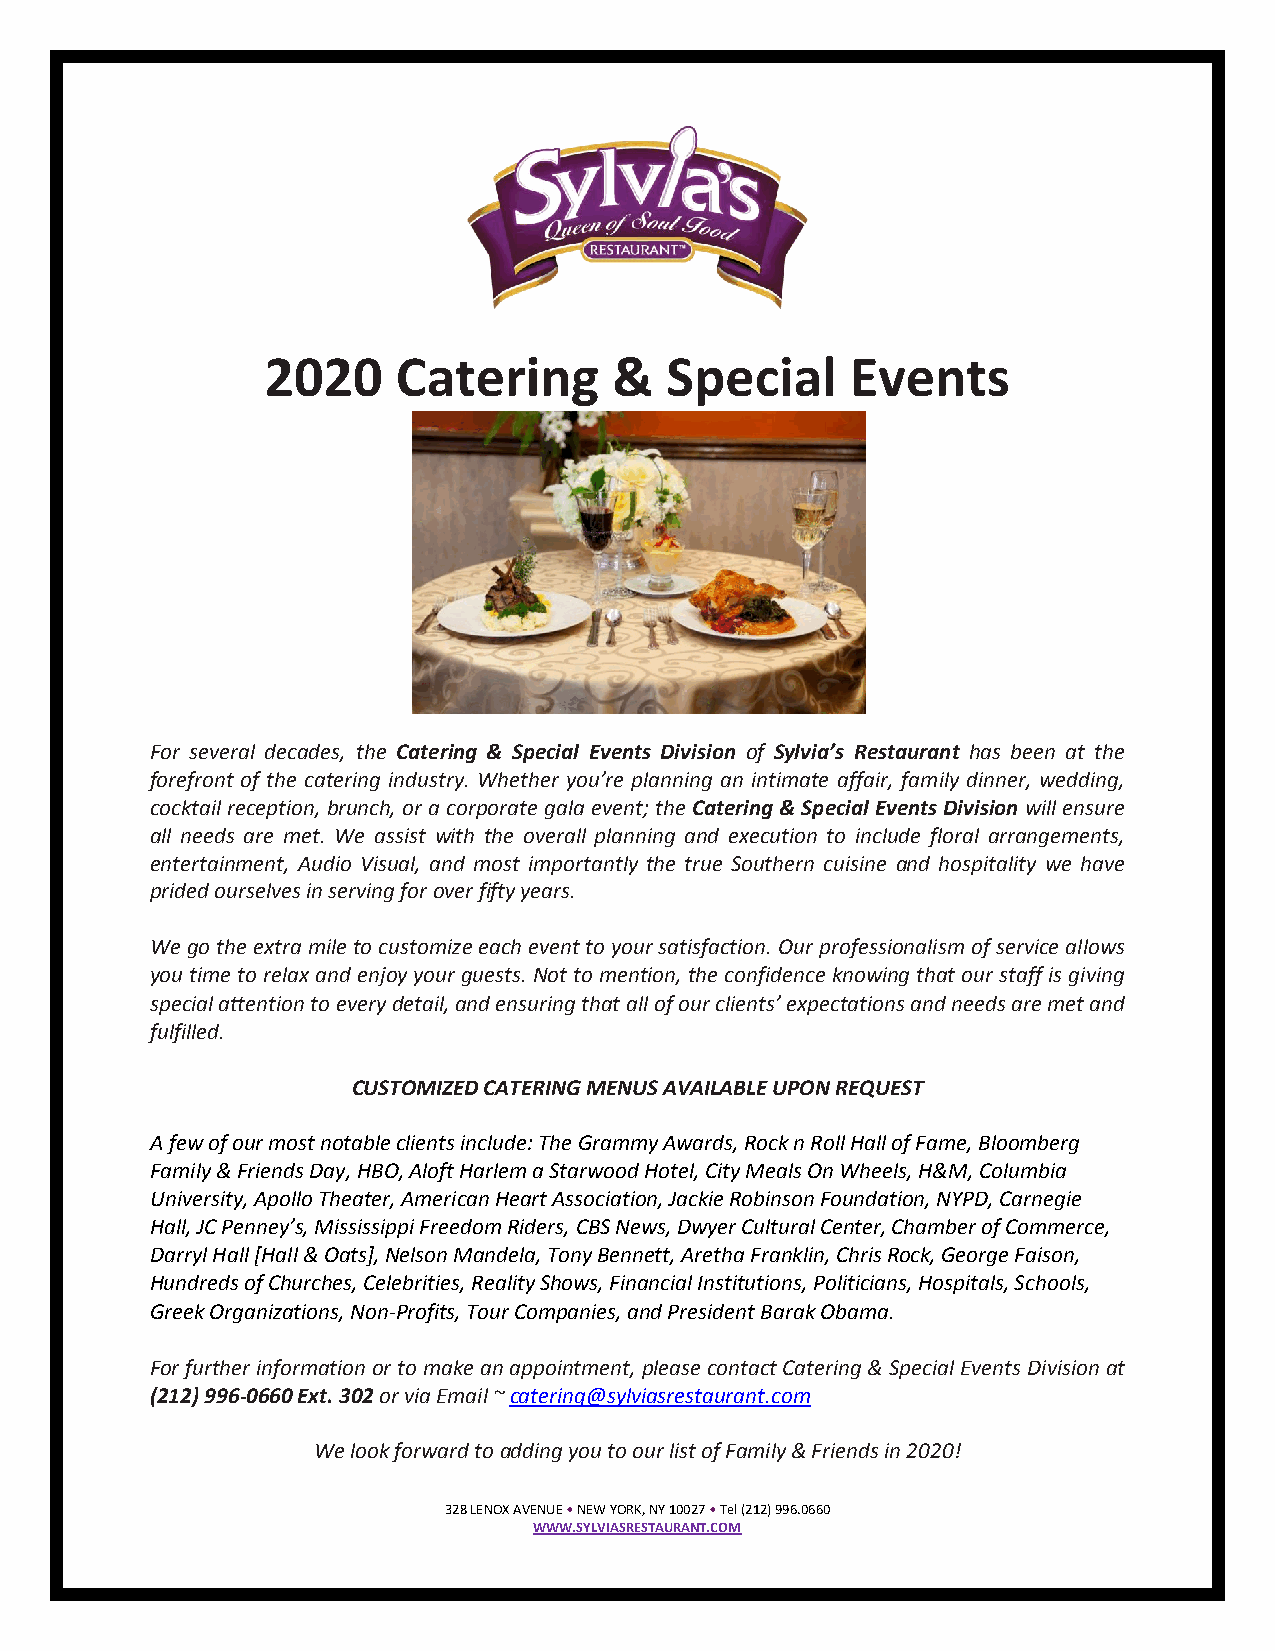
2020    Catering       &  Special     Events
 For several decades, the Catering & Special Events Division of Sylvia’s Restaurant has been at the
 forefront of the catering industry. Whether you’re planning an intimate affair, family dinner, wedding,
 cocktail reception, brunch, or a corporate gala event; the Catering & Special Events Division will ensure
 all needs are met. We assist with the overall planning and execution to include floral arrangements,
 entertainment, Audio Visual, and most importantly the true Southern cuisine and hospitality we have
 prided ourselves in serving for over fifty years.
 We go the extra mile to customize each event to your satisfaction. Our professionalism of service allows
 you time to relax and enjoy your guests. Not to mention, the confidence knowing that our staff is giving
 special attention to every detail, and ensuring that all of our clients’ expectations and needs are met and
 fulfilled.
 CUSTOMIZED CATERING MENUS AVAILABLE UPON REQUEST
 A few of our most notable clients include: The Grammy Awards, Rock n Roll Hall of Fame, Bloomberg
 Family & Friends Day, HBO, Aloft Harlem a Starwood Hotel, City Meals On Wheels, H&M, Columbia
 University, Apollo Theater, American Heart Association, Jackie Robinson Foundation, NYPD, Carnegie
 Hall, JC Penney’s, Mississippi Freedom Riders, CBS News, Dwyer Cultural Center, Chamber of Commerce,
 Darryl Hall [Hall & Oats], Nelson Mandela, Tony Bennett, Aretha Franklin, Chris Rock, George Faison,
 Hundreds of Churches, Celebrities, Reality Shows, Financial Institutions, Politicians, Hospitals, Schools,
 Greek Organizations, Non-Profits, Tour Companies, and President Barak Obama.
 For further information or to make an appointment, please contact Catering & Special Events Division at
 (212) 996-0660 Ext. 302 or via Email ~ catering@sylviasrestaurant.com
 We look forward to adding you to our list of Family & Friends in 2020!
 328 LENOX AVENUE • NEW YORK, NY 10027 • Tel (212) 996.0660
 WWW.SYLVIASRESTAURANT.COM